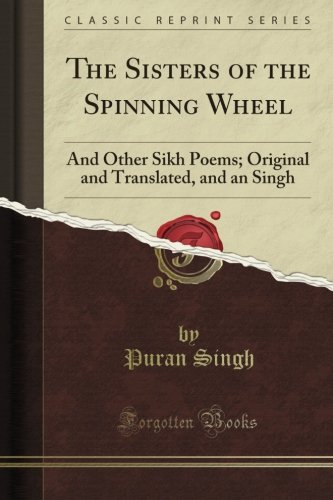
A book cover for The Sisters of the Spinning Wheel: And Other Sikh Poems; Original and Translated, and an Singh (Classic Reprint); Puran Singh; Religion & Spirituality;